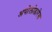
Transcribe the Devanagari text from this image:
अपोलोडारेस